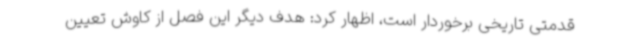
قدمتی تاریخی برخوردار است، اظهار کرد: هدف دیگر این فصل از کاوش تعیین